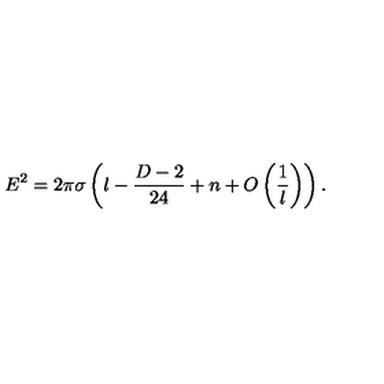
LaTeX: E ^ { 2 } = 2 \pi \sigma \left( l - \frac { D - 2 } { 2 4 } + n + O \left( \frac { 1 } { l } \right) \right) .